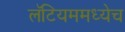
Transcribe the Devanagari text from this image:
लॅटियममध्येच